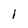
Character: I